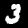
Digit: 3